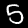
Digit: 5